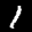
Label: 1